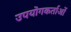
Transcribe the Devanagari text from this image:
उपयॊगकर्ताओं